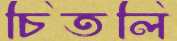
চিতলি